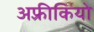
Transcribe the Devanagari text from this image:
अफ़्रीकियो